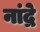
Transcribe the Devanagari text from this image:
नांद्रे